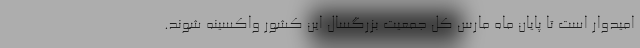
امیدوار است تا پایان ماه مارس کل جمعیت بزرگسال این کشور واکسینه شوند.